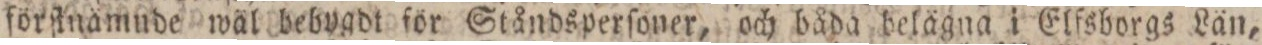
förſtnamude wäl bebygdt för Ståndsperſoner, och båda belägna i Elfsborgs Län,